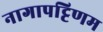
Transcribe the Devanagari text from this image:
नागापट्टिणम